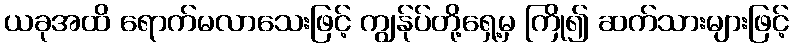
ယခုအထိ ရောက်မလာသေးဖြင့် ကျွန်ုပ်တို့ရှေ့မှ ကြို၍ ဆက်သားများဖြင့်